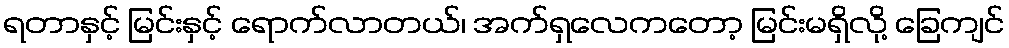
ရတာနှင့် မြင်းနှင့် ရောက်လာတယ်၊ အက်ရှလေကတော့ မြင်းမရှိလို့ ခြေကျင်